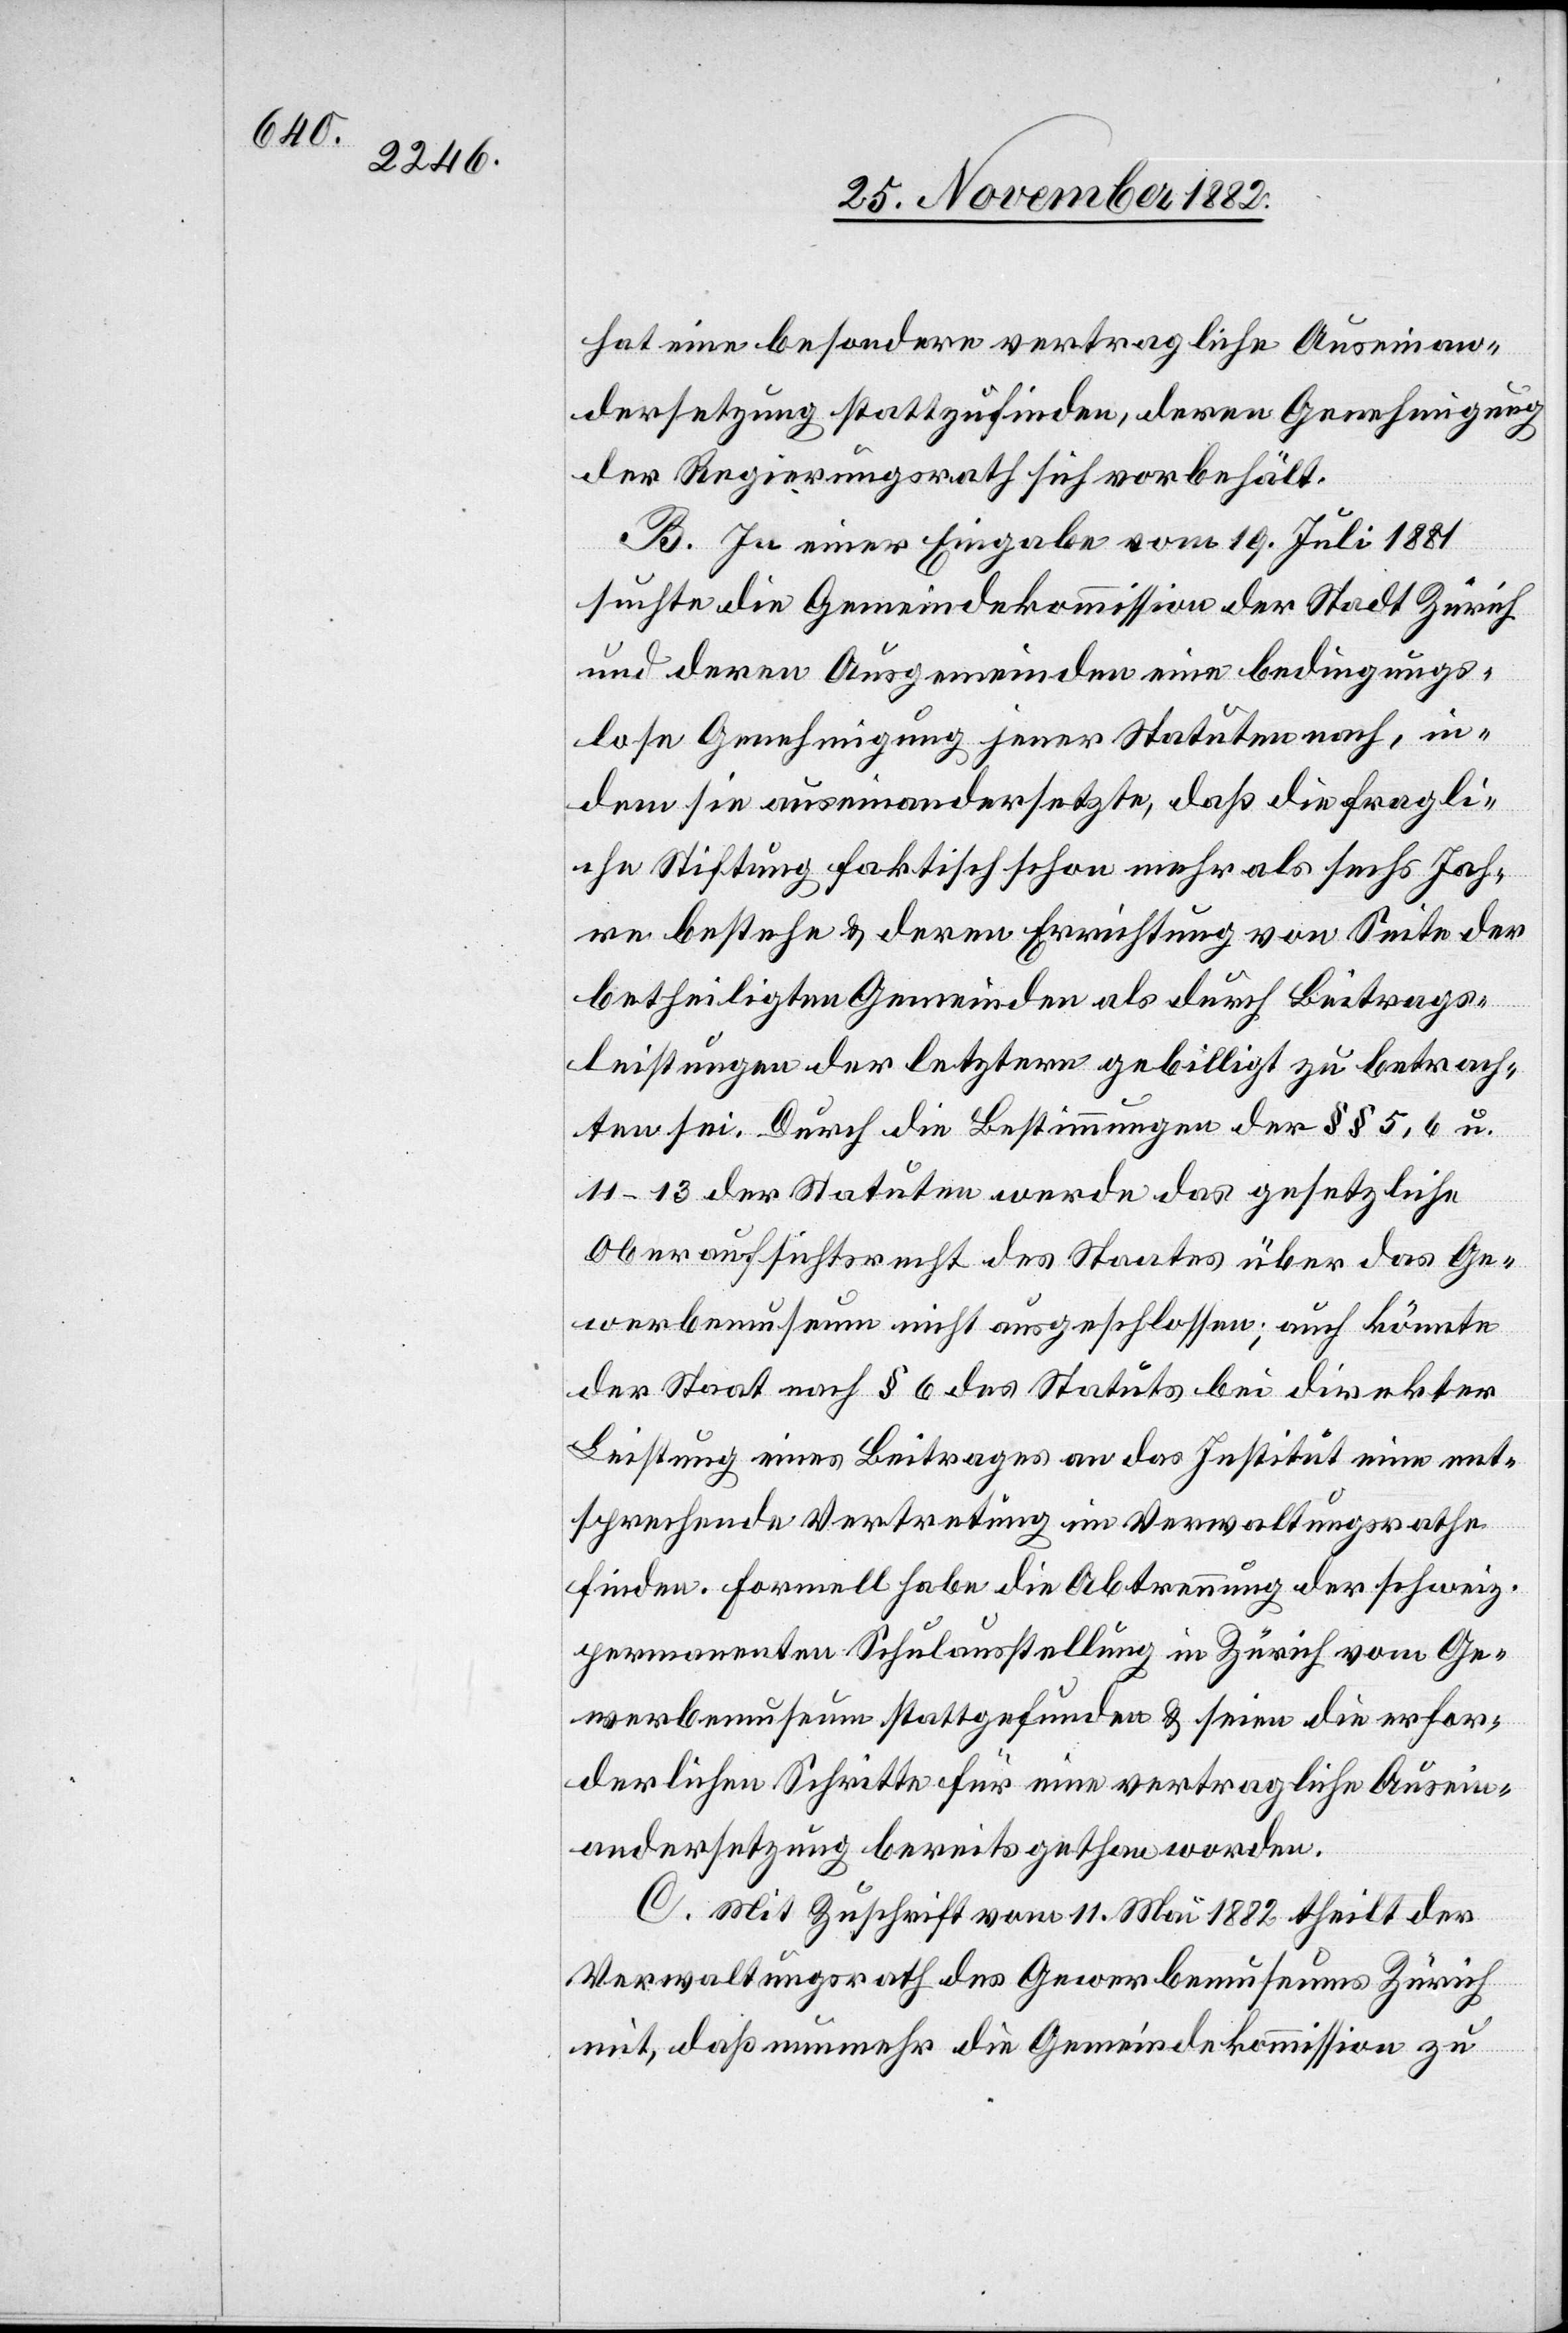
hat eine besondere vertragliche Auseinan¬
dersetzung stattzufinden, deren Genehmigung
der Regierungsrath sich vorbehält.
B. In einer Eingabe vom 19. Juli 1881
suchte die Gemeindekommission der Stadt Zürich
und deren Ausgemeinden eine bedingungs¬
lose Genehmigung jener Statuten nach, in¬
dem sie auseinandersetzt, daß die fragli¬
che Stiftung faktisch schon mehr als sechs Jah¬
re bestehe & deren Errichtung von Seite der
betheiligten Gemeinden als durch Beitrags¬
leistungen der letztern gebilligt zu betrach¬
ten sei. Durch die Bestimmungen der §§ 5, 6 u.
11–13 der Statuten wurde das gesetzliche
Oberaufsichtsrecht des Staates über das Ge¬
werbemuseum nicht ausgeschlossen; auch könnte
der Staat nach § 6 des Statuts bei direkter
Leistung eines Beitrages an das Institut eine ent¬
sprechende Vertretung im Verwaltungsrathe
finden. Formell habe die Abtrennung der schweiz.
permanenten Schulausstellung in Zürich vom Ge¬
werbemuseum stattgefunden & seien die erfor¬
derlichen Schritte für eine vertragliche Ausein¬
andersetzung bereits gethan worden.
C. Mit Zuschrift vom 11. Mai 1882 theilt der
Verwaltungsrath des Gewerbemuseums Zürich
mit, daß nunmehr die Gemeindekommission zu